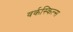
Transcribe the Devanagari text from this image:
वर्कस्किल्स